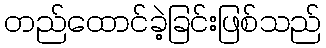
တည်ထောင်ခဲ့ခြင်းဖြစ်သည်